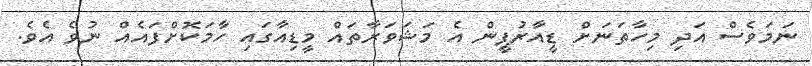
ނަމަވެސް އަދި މިހާތަނަށް ޑީއާރުޕީން އެ މަޝަވަރާތައް މީޑިއާގައި ހާމަކޮށްފައެއް ނުވެ އެވެ.